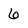
Character: 6